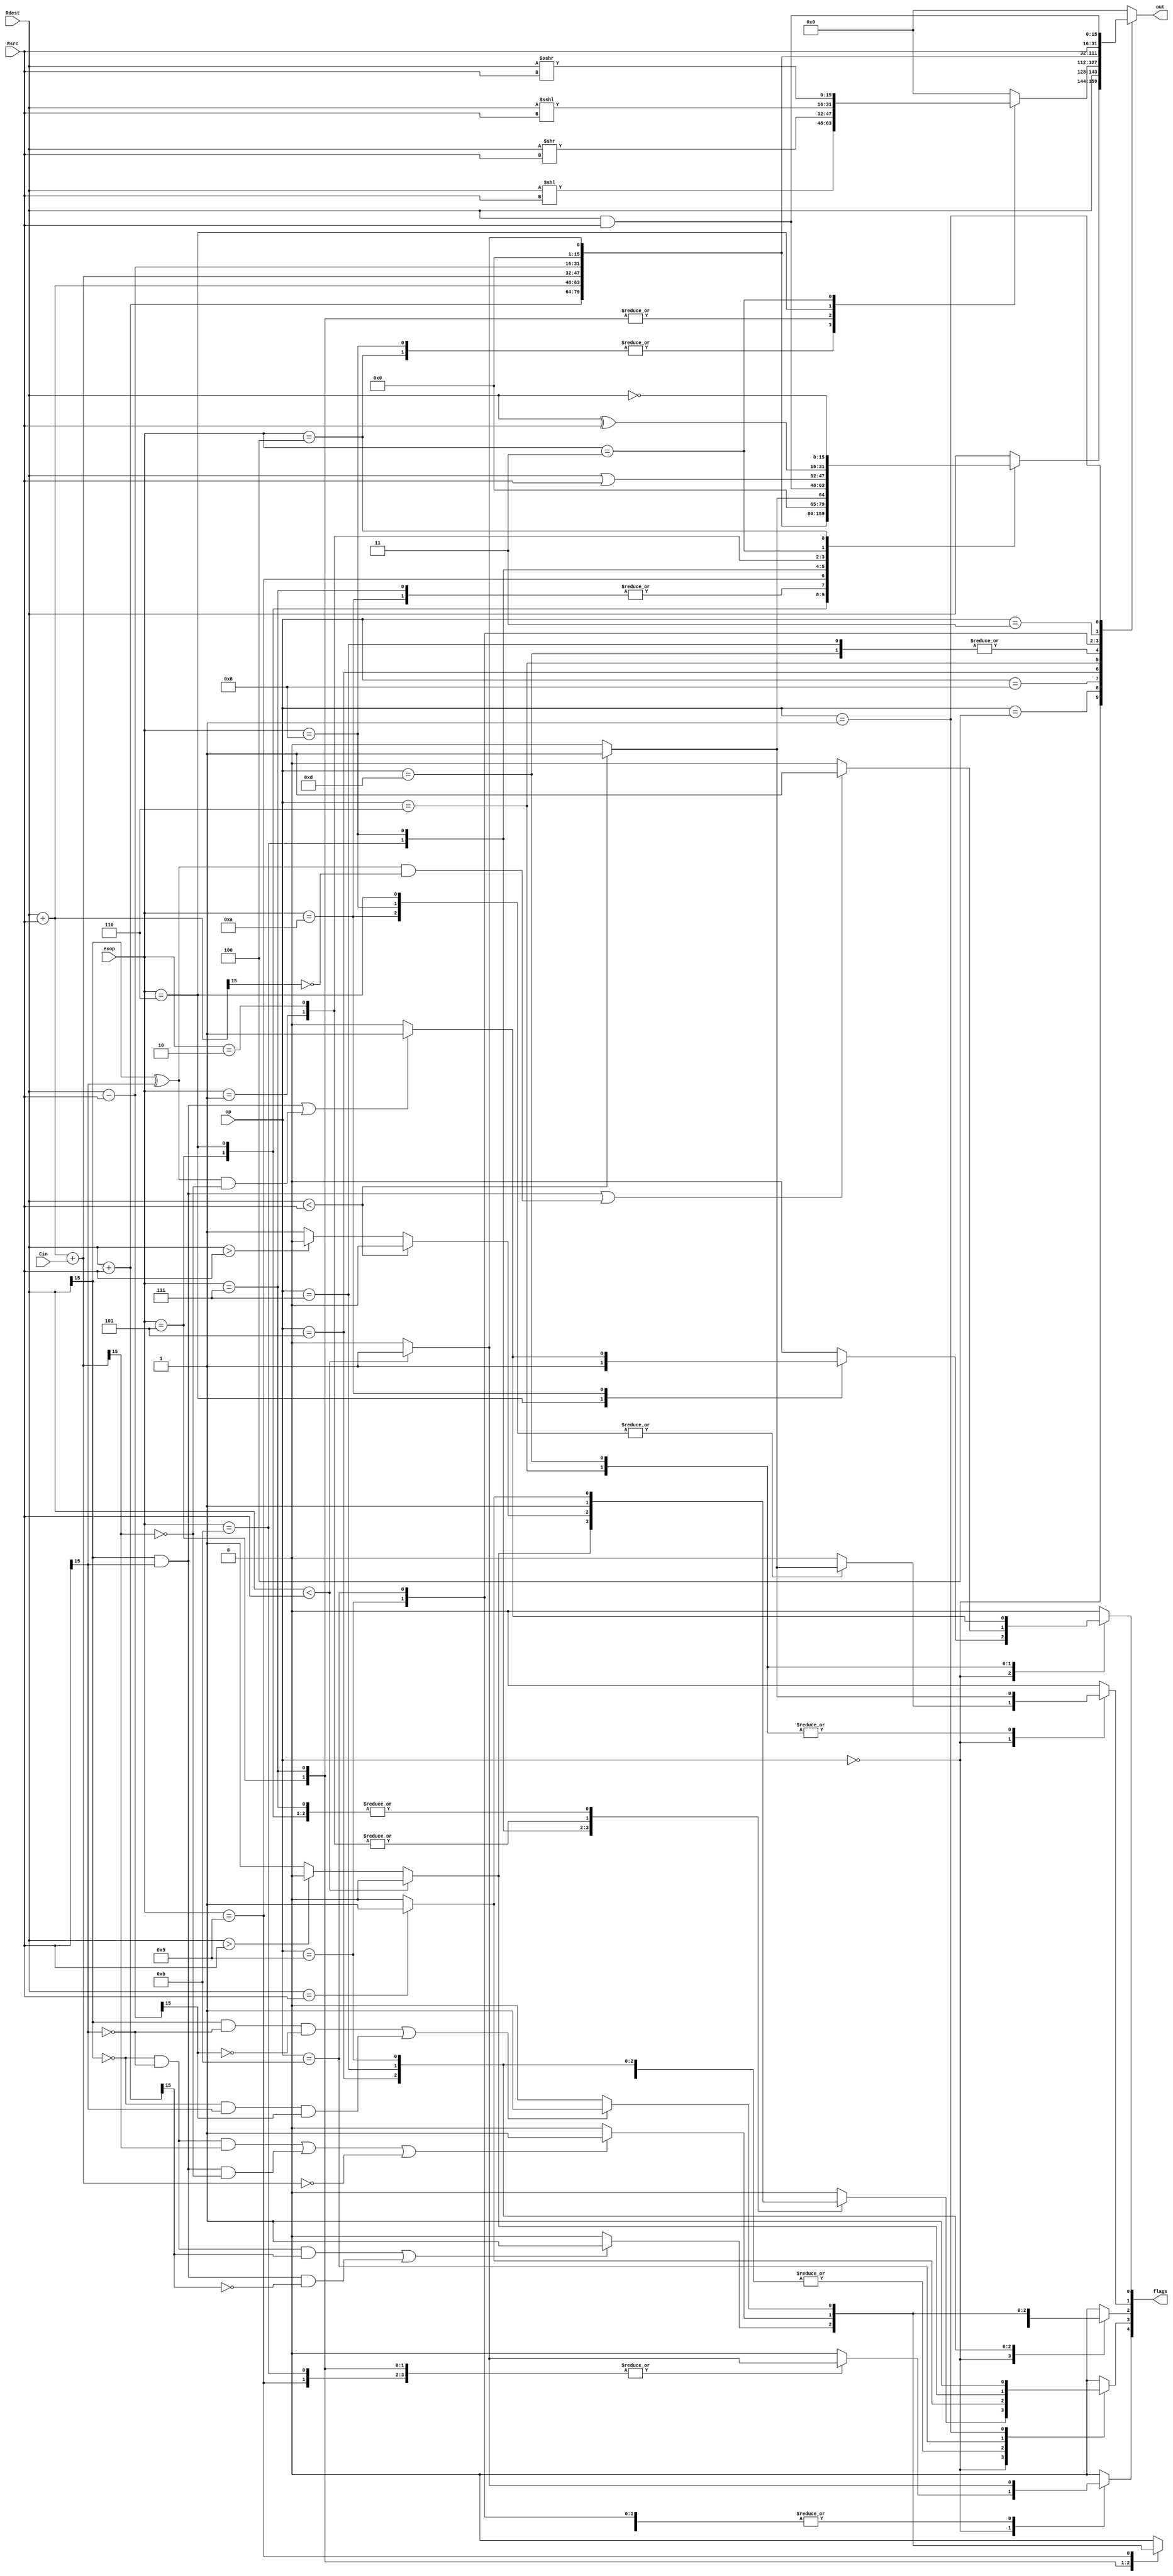

//////////////////////////////////////////////////////////////////////////////////
// Company: University of Utah
// 
// Design Name: 
// Module Name:    ALU 
// Project Name: Rogue ALU
// Target Devices: 
// Tool versions: 
// Description: 
//
// Dependencies: 
//
// Revision: 
// Revision 0.01 - File Created
// Additional Comments: 
//
//////////////////////////////////////////////////////////////////////////////////
module ALU(
    input [3:0] op,
	 input [3:0] exop,
    input [15:0] Rdest,//rdest
    input [15:0] Rsrc,
	 input Cin,
    output reg [15:0] out,
	 
	 // Flag bits: 
		//flag[0] - carry bit  (Only care in unsigned)
		//flag[1] - if Rdest < Rsrc  --> flag =1 (unsigned)
		//flag[2] - Overflow   (Only care in signed)
		//flag[3] - Bitwise comparison set to 1 if two values are the same. Equality
		//flag[4] - Rdest<Rsrc (signed)
    output reg [4:0] flags 

    );
//Set S-Foils in attack position

//Parameters for all opcodes

parameter R_Type=4'b0000;
parameter Shift=4'b1000;
parameter LWSW=4'b0100; 

//----Info for ExOp R-type----
parameter ADD = 4'b0101; 
parameter ADDU = 4'b0110;
parameter ADDC = 4'b0111;
parameter ADDCU = 4'b1010;
parameter SUB = 4'b1001;
parameter CMP = 4'b1011;
parameter CMPU= 4'b1000;
parameter AND = 4'b0001;
parameter OR = 4'b0010;
parameter XOR = 4'b0011;
parameter NOP = 4'b0000;
parameter NOT = 4'b0100;
//parameter LW = 4'b1100; 
//parameter SW = 4'b1111; 


//---Infor for lwsw exop;
	parameter LW=4'b0000;
	parameter SW=4'b0100;


//----Info for just OP I type and J type----
parameter ADDI = 4'b0101; 
parameter ADDUI = 4'b0110;
parameter ADDCI = 4'b0111;
parameter ADDCUI = 4'b1101;     
parameter SUBI = 4'b1001;
parameter CMPI = 4'b1011;
parameter LWI = 4'b0011;
parameter ANDI = 4'b0001;



//----Info for ExOp Shift-Type
parameter LSH = 4'b0100;
parameter LSHI = 4'b1000;
parameter RSH = 4'b0101;
parameter RSHI = 4'b0111;
parameter ALSH = 4'b0110;
parameter ARSH = 4'b0011;



//0000 op is R type  , 1000 is going to be shift type will aslo contain a nested case statment.

always@(Rdest, Rsrc, op, exop,Cin)
	begin
		case (op)		
		R_Type:
			begin
				case(exop)
					ADD:					
						begin				
							out = $signed(Rdest) + $signed(Rsrc);
							if($signed(Rdest)<$signed(Rsrc))
							begin
								flags[4] =1'b1;
							end 
							else
							begin
								flags[4] =1'b0;
							end
							if (Rdest == Rsrc)
							begin
								flags[3]=1'b1;
							end
							else 
							begin
								flags[3]=1'b0;
							end
							if((~Rdest[15] & ~Rsrc[15] & out[15])|(Rdest[15] & Rsrc[15] & ~out[15]))
							begin
								flags[2]=1'b1;
							end
							else
							begin				
								flags[2]=1'b0;
							end
							flags[1]=1'b0; //We set this to zero without doing a comparison because ADD is signed operation.
							flags[0]=1'b0;
						end
					
					ADDU:
						begin
							out = $unsigned(Rdest) + $unsigned(Rsrc);	
							flags[4]=1'b0; //We set this to zero without doing a comparison because ADD is signed operation.
							if (Rdest == Rsrc) //Z-bit (equality)
								begin
									flags[3]=1'b1;
								end
							else 
								begin
									flags[3]=1'b0;
								end
							flags[2]=1'b0; //Overflow can not happen in unsigned.
							if(Rdest<Rsrc)//Low Flag
								begin
								flags[1] =1'b1;
								end 
							else
								begin
								flags[1] =1'b0;
								end
							if((Rdest[15] & Rsrc[15])| ((Rdest[15] ^ Rsrc[15])& ~out[15])) //Check for a carry by looking at highest bits if both ar 1 a carry will be produced.
								//Another case for carry is if there is a 1 in either of the numbers in the highest bit but after addition a zero results.
								begin
								flags[0]=1'b1;
								end
							else
								begin				
									flags[0]=1'b1;
								end
						end
					
					ADDC:
						begin
							out = $signed(Rdest) + $signed(Rsrc)+Cin;	
							if($signed(Rdest) < $signed(Rsrc))
							begin
								flags[4]=1'b1;
							end
							else
								begin
								flags[4] = 1'b0;
								end							
							if (Rdest == Rsrc) //Z-bit (equality)
							begin
								flags[3]=1'b1;
							end
							else 
							begin
								flags[3]=1'b0;
							end
							if((~Rdest[15] & ~Rsrc[15] & out[15])|(Rdest[15] & Rsrc[15] & ~out[15])|(out==0)) 
								begin
									flags[2]=1'b1;
								end
								else
								begin				
									flags[2]=1'b0;
								end
							flags[1]=1'b0; //Low Flag
							flags[0] =1'b0; //Carry can not occur in signed.					
							end
					ADDCU:
						begin
							out = $unsigned(Rdest) + $unsigned(Rsrc) + Cin;	
							flags[4]=1'b0; //We set this to zero without doing a comparison because ADD is signed operation.
							if (Rdest == Rsrc) //Z-bit (equality)
							begin
								flags[3]=1'b1;
							end
							else 
							begin
								flags[3]=1'b0;
							end
							flags[2]=1'b0; //Overflow can not happen in unsigned.
							if(Rdest<Rsrc)//Low Flag
								begin
								flags[1] =1'b1;
								end 
							else
							begin
							flags[1] =1'b0;
							end
							if((Rdest[15] & Rsrc[15])| ((Rdest[15] ^ Rsrc[15])& ~out[15])) //Check for a carry by looking at highest bits if both ar 1 a carry will be produced.
								//Another case for carry is if there is a 1 in either of the numbers in the highest bit but after addition a zero results.
								begin
								flags[0]=1'b1;
								end
							else
							begin				
								flags[0]=1'b0;
							end
						end
					SUB:
						begin
							out = $signed(Rdest) - $signed(Rsrc);
							if($signed(Rdest)<$signed(Rsrc))
							begin
								flags[4] =1'b1;
							end 
							else
							begin
								flags[4] =1'b0;
							end
							if (Rdest == Rsrc)
							begin
								flags[3]=1'b1;
							end
							else 
							begin
								flags[3]=1'b0;
							end
							if ((Rdest[15] & ~Rsrc[15] & ~out[15]) | (~Rdest[15] & Rsrc[15] & out[15]))//((~Rdest[15] & ~Rsrc[15] & out[15])|(Rdest[15] & Rsrc[15] & ~out[15]) 
							begin
								flags[2]=1'b1;
							end
							else
							begin				
								flags[2]=1'b0;
							end
							flags[1]=1'b0; //We set this to zero without doing a comparison because ADD is signed operation.
							flags[0]=1'b0;
						end
					
					CMP:
						begin
							if ($signed(Rdest) < $signed(Rsrc))
							begin
								out = 16'h0001;
								flags[4] = 1'b1;
								flags[3] = 1'b0;
							end
							else if ($signed(Rdest) > $signed(Rsrc))
							begin
								out = 16'h0000;
								flags[4] = 1'b0;
								flags[3] = 1'b0;
							end
							else 
							begin
								out = 16'h0000;
								flags[4] = 1'b0;
								flags[3] = 1'b1;
							end
							
							flags[2] = 1'b0;
							flags[1] = 1'b0;
							flags[0] = 1'b0;
						end
					CMPU:
						begin
							if ($unsigned(Rdest) < $unsigned(Rsrc))
							begin
								out = 16'h0001;
								flags[3] = 1'b0;
								flags[1] = 1'b1;
							end
							else if ($unsigned(Rdest) > $unsigned(Rsrc))
							begin
								out = 16'h0000;
								flags[3] = 1'b0;
								flags[1] = 1'b0;
							end
							else 
							begin
								out = 16'h0000;
								flags[3] = 1'b1;
								flags[1] = 1'b0;
							end
							
							
							flags[4] = 1'b0;
							flags[2] = 1'b0;
							flags[0] = 1'b0;
						end
					AND:
						begin
							out=Rdest&Rsrc;//This will be fine as it is.
							
							flags[4] = 0;
							if (Rdest == Rsrc)
							begin
								flags[3] = 1'b1;
							end
							else
							begin
								flags[3] = 1'b1;
							end
							
							flags[2] = 0; //No overflow possible we are not doing arithmetic
							flags[1] = 0;//  We don't see why we would use comparison flags here, so set them to zero
							flags[0] = 0; //No carry possible we are not doing arithmetic
							
						end
					OR:
							begin
							out=Rdest|Rsrc;//This will be fine as it is.
							
							flags[4] = 0;
							if (Rdest == Rsrc)
							begin
								flags[3] = 1'b1;
							end
							else
							begin
								flags[3] = 1'b1;
							end
							
							flags[2] = 0; //No overflow possible we are not doing arithmetic
							flags[1] = 0;//  We don't see why we would use comparison flags here, so set them to zero
							flags[0] = 0; //No carry possible we are not doing arithmetic
							
						end
						
					XOR:
							begin
							out=Rdest^Rsrc;
							
							flags[4] = 0;
							if (Rdest == Rsrc)
							begin
								flags[3] = 1'b1;
							end
							else
							begin
								flags[3] = 1'b0;
							end
							
							flags[2] = 0; //No overflow possible we are not doing arithmetic
							flags[1] = 0;//  We don't see why we would use comparison flags here, so set them to zero
							flags[0] = 0; //No carry possible we are not doing arithmetic
							
						end
					NOT:
							begin
							out=~Rdest;						
							flags[4] = 0;
							flags[3] = 0;							
							flags[2] = 0; //No overflow possible we are not doing arithmetic
							flags[1] = 0; //We don't see why we would use comparison flags here, so set them to zero
							flags[0] = 0; //No carry possible we are not doing arithmetic
							
						end
					
					NOP:
						begin
						out=Rdest;
						flags=5'b00000;
						end
					default:
						begin
							out=Rdest;
							flags=5'b00000;
						end
				endcase
			end
		LWSW:
			begin
				case(exop)
					LW:
						begin
						//do we want to pass out rdest considering that r
						out = Rdest;
						flags=5'b00000;
						end
					SW:
						begin
						out = Rdest;
						flags=5'b00000;
						end
					default:
						begin
						out=Rdest;
						flags=5'b00000;
						//should never happen
						end
				endcase
			end
		Shift:
			begin
				case(exop)
				
				LSH:
					begin
						out=Rdest<<Rsrc;
						flags=5'b00000;
					end
				LSHI:
					begin
						out=Rdest<<Rsrc;
						flags=5'b00000;
					end
				RSH:
					begin
						out=Rdest>>Rsrc;
						flags=5'b00000;
					end
				RSHI:
					begin
						out=Rdest>>Rsrc;
						flags=5'b00000;
					end
				ALSH:
					begin
						out=$signed(Rdest)<<<$signed(Rsrc);
						flags=5'b00000;
					end
				ARSH:
					begin
						out=$signed(Rdest)>>>$signed(Rsrc);
						flags=5'b00000;
					end
				default:
				 begin
				 out=0;
				 flags=5'b00000;
				 end
				endcase
			end
			
		
		ADDI:
			begin
				out = $signed(Rdest) + $signed(Rsrc);
				if($signed(Rdest)<$signed(Rsrc))
				begin
					flags[4] =1'b1;
				end 
				else
				begin
					flags[4] =1'b0;
				end
				if (Rdest == Rsrc)
				begin
					flags[3]=1'b1;
				end
				else 
				begin
					flags[3]=1'b0;
				end
				if((~Rdest[15] & ~Rsrc[15] & out[15])|(Rdest[15] & Rsrc[15] & ~out[15]))
				begin
					flags[2]=1'b1;
				end
				else
				begin				
					flags[2]=1'b0;
				end
				flags[1]=1'b0; //We set this to zero without doing a comparison because ADD is signed operation.
				flags[0]=1'b0;
			end		
		ADDUI:
			begin
				out = $unsigned(Rdest) + $unsigned(Rsrc);	
				flags[4]=1'b0; //We set this to zero without doing a comparison because ADD is signed operation.
				if (Rdest == Rsrc) //Z-bit (equality)
				begin
					flags[3]=1'b1;
				end
				else 
				begin
					flags[3]=1'b0;
				end
				flags[2]=1'b0; //Overflow can not happen in unsigned.
				if(Rdest<Rsrc)//Low Flag
					begin
					flags[1] =1'b1;
					end 
				else
				begin
				flags[1] =1'b0;
				end
				if((Rdest[15] & Rsrc[15])| ((Rdest[15] ^ Rsrc[15])& ~out[15])) //Check for a carry by looking at highest bits if both ar 1 a carry will be produced.
					//Another case for carry is if there is a 1 in either of the numbers in the highest bit but after addition a zero results.
					begin
					flags[0]=1'b1;
					end
				else
				begin				
					flags[0]=1'b0;
				end
			end
	
		ADDCUI:
			begin
				out = $unsigned(Rdest) + $unsigned(Rsrc) + Cin;	
				flags[4]=1'b0; //We set this to zero without doing a comparison because ADD is signed operation.
				if (Rdest == Rsrc) //Z-bit (equality)
				begin
					flags[3]=1'b1;
				end
				else 
				begin
					flags[3]=1'b0;
				end
				flags[2]=1'b0; //Overflow can not happen in unsigned.
				if(Rdest<Rsrc)//Low Flag
					begin
					flags[1] =1'b1;
					end 
				else
				begin
				flags[1] =1'b0;
				end
				if((Rdest[15] & Rsrc[15])| ((Rdest[15] ^ Rsrc[15])& ~out[15])) //Check for a carry by looking at highest bits if both ar 1 a carry will be produced.
					//Another case for carry is if there is a 1 in either of the numbers in the highest bit but after addition a zero results.
					begin
					flags[0]=1'b1;
					end
				else
				begin				
					flags[0]=1'b0;
				end
			end
			
		ADDCI:
			begin
				out = $signed(Rdest) + $signed(Rsrc)+Cin;	
				if($signed(Rdest)<$signed(Rsrc))
				begin
					flags[4]=1'b1;
				end
				else
					begin
					flags[4] = 1'b0;
					end							
				if (Rdest == Rsrc) //Z-bit (equality)
				begin
					flags[3]=1'b1;
				end
				else 
				begin
					flags[3]=1'b0;
				end
				if((~Rdest[15] & ~Rsrc[15] & out[15])|(Rdest[15] & Rsrc[15] & ~out[15])|(out == 0)) 
					begin
						flags[2]=1'b1;
					end
					else
					begin				
						flags[2]=1'b0;
					end
				flags[1]=1'b0; //Low Flag
				flags[0] =1'b0; //Carry can not occur in signed.					
			end
		
		SUBI:
			begin
				out = $signed(Rdest) - $signed(Rsrc);
				if($signed(Rdest)<$signed(Rsrc))
				begin
					flags[4] =1'b1;
				end 
				else
				begin
					flags[4] =1'b0;
				end
				if (Rdest == Rsrc)
				begin
					flags[3]=1'b1;
				end
				else 
				begin
					flags[3]=1'b0;
				end
				if ((Rdest[15] & ~Rsrc[15] & ~out[15]) | (~Rdest[15] & Rsrc[15] & out[15]))//((~Rdest[15] & ~Rsrc[15] & out[15])|(Rdest[15] & Rsrc[15] & ~out[15]) 
				begin
					flags[2]=1'b1;
				end
				else
				begin				
					flags[2]=1'b0;
				end
				flags[1]=1'b0; //We set this to zero without doing a comparison because ADD is signed operation.
				flags[0]=1'b0;
			end
		
		CMPI:
			begin
				if ($signed(Rdest) < $signed(Rsrc))
				begin
					out = 16'h0001;
					flags[4] = 1'b1;
					flags[3] = 1'b0;
				end
				else if ($signed(Rdest) > $signed(Rsrc))
				begin
					out = 16'h0000;
					flags[4] = 1'b0;
					flags[3] = 1'b0;
				end
				else 
				begin
					out = 16'h0000;
					flags[4] = 1'b0;
					flags[3] = 1'b1;
				end
				
				flags[2] = 1'b0;
				flags[1] = 1'b0;
				flags[0] = 1'b0;
			end	
		LWI:
			begin
				out = Rsrc;
				flags=5'b00000;
			end
		ANDI:
			begin
				out=Rdest&Rsrc;
				
				flags[4] = 0;
				if (Rdest == Rsrc)
				begin
					flags[3] = 1'b1;
				end
				else
				begin
					flags[3] = 1'b1;
				end
				
				flags[2] = 0; //No overflow possible we are not doing logical operations
				flags[1] = 0;//  We don't see why we would use comparison flags here, so set them to zero
				flags[0] = 0; //No carry possible we are not doing logical operations
				
			end
		default:
			begin
				out=0;
				flags=5'b00000;
			end
		endcase
	
	end

endmodule